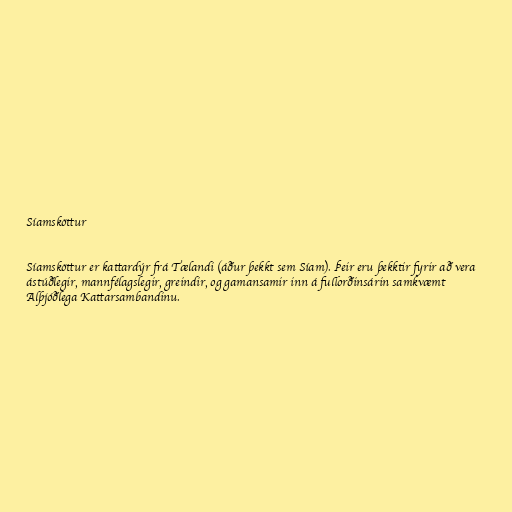
Síamsköttur

Síamsköttur er kattardýr frá Tælandi (áður þekkt sem Síam). Þeir eru þekktir fyrir að vera
ástúðlegir, mannfélagslegir, greindir, og gamansamir inn á fullorðinsárin samkvæmt
Alþjóðlega Kattarsambandinu.